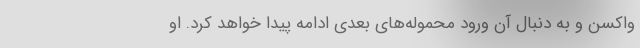
واکسن و به دنبال آن ورود محموله‌های بعدی ادامه پیدا خواهد کرد. او